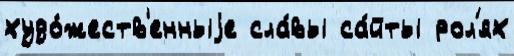
худо́жеств'енныjе сла́вы са́йты рол'ях